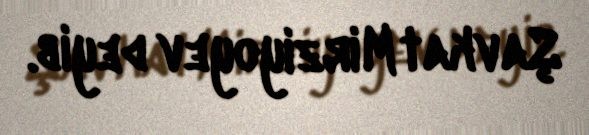
Şavkat Mirziyoyev deyib.